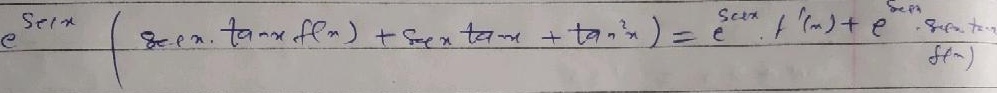
\(\int (e^{\tan x}+\sec^{2}x)f(e^{\tan x}+\tan x)\sec xdx\)